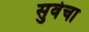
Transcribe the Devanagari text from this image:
सुर्वेचा